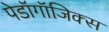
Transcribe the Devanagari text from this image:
पेडॉगॉजिक्स